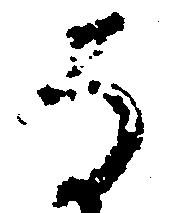
な